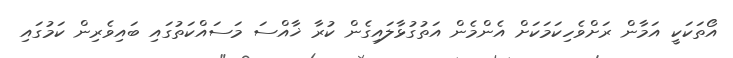
އޯތަކަކީ އަމާން ރަށްވެހިކަމަކަށް އެންމެން އަތުގުޅާލައިގެން ކުރާ ޚާއްސަ މަސައްކަތުގައި ބައިވެރިން ކަމުގައި